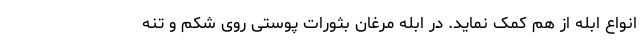
انواع ابله از هم کمک نماید. در ابله مرغان بثورات پوستی روی شکم و تنه